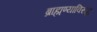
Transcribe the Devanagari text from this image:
ब्राह्मण्याविरुद्ध